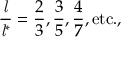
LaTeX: { \frac { \mathit { l } } { { \mathit { l } } ^ { * } } } = { \frac { 2 } { 3 } } , { \frac { 3 } { 5 } } , { \frac { 4 } { 7 } } , { \mathrm { e t c . , } }